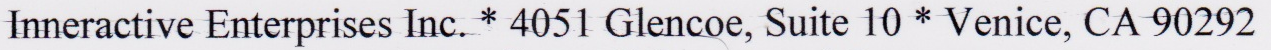
Inneractive Enterprises Inc. * 4051 Glencoe, Suite 10 * Venice, CA 90292